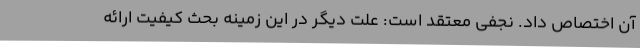
آن اختصاص داد. نجفی معتقد است: علت دیگر در این زمینه بحث کیفیت ارائه